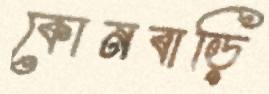
কোনবাড়ি